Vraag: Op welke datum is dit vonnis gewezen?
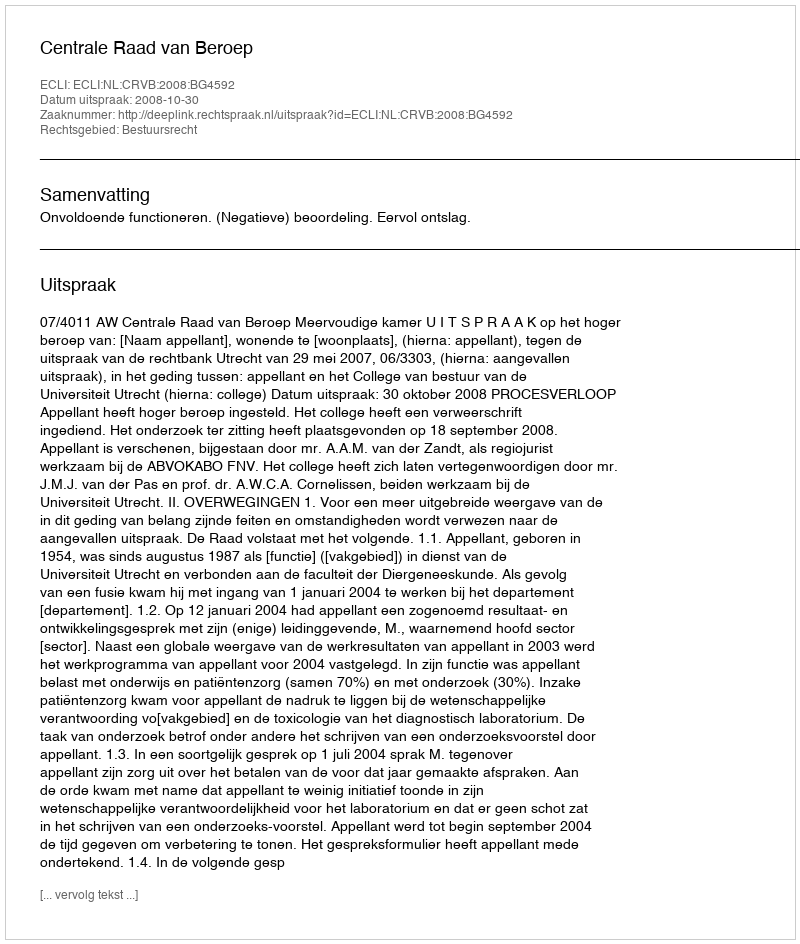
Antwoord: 2008-10-30